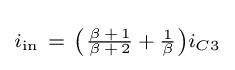
\scriptstyle i_{\text{in}}~=~\left({\frac {\beta \,+\,1}{\beta \,+\,2}}\,+\,{\frac {1}{\beta }}\right)i_{C3}